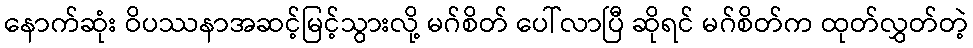
နောက်ဆုံး ဝိပဿနာအဆင့်မြင့်သွားလို့ မဂ်စိတ် ပေါ်လာပြီ ဆိုရင် မဂ်စိတ်က ထုတ်လွှတ်တဲ့